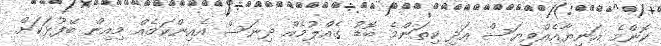
ކޮންމެ އަނިޔާއެއްވިޔަސް އަދި ކިތަންމެ ބޮޑު ގެއްލުމެއް ދިނަސް އެއިންކަމެއް މިއިން ބޭފުޅަކަށް